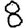
Digit: 8